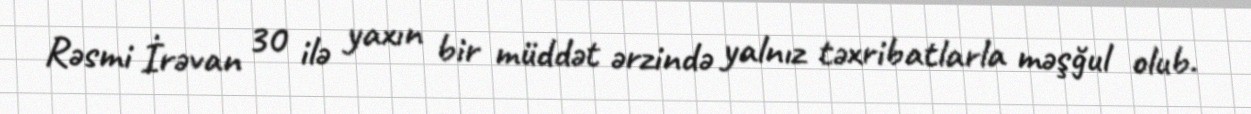
Rəsmi İrəvan 30 ilə yaxın bir müddət ərzində yalnız təxribatlarla məşğul olub.